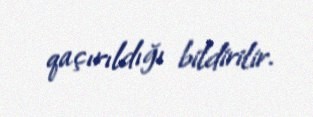
qaçırıldığı bildirilir.